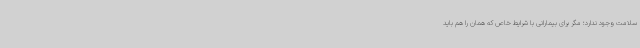
سلامت وجود ندارد؛ مگر برای بیمارانی با شرایط خاص که همان را هم باید